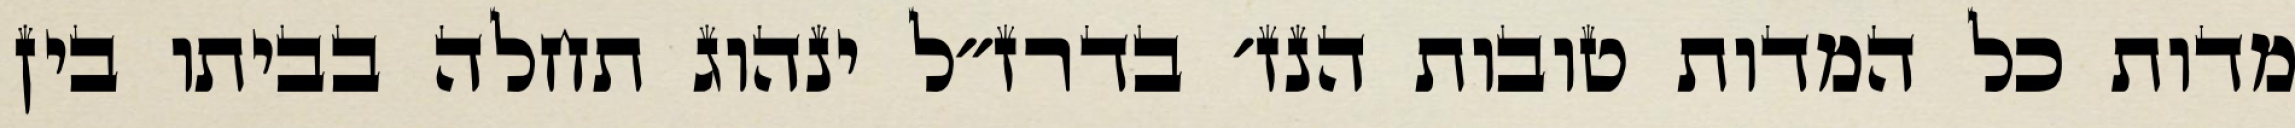
מדות כל המדות טובות הנז׳ בדרז״ל ינהוג תחלה בביתו בין